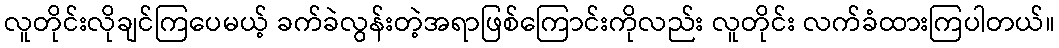
လူတိုင်းလိုချင်ကြပေမယ့် ခက်ခဲလွန်းတဲ့အရာဖြစ်ကြောင်းကိုလည်း လူတိုင်း လက်ခံထားကြပါတယ်။